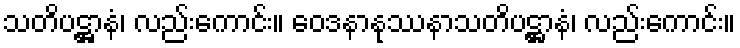
သတိပဋ္ဌာနံ၊ လည်းကောင်း။ ဝေဒနာနုဿနာသတိပဋ္ဌာနံ၊ လည်းကောင်း။